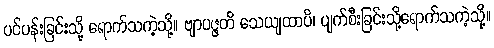
ပင်ပန်းခြင်းသို့ ရောက်သကဲ့သို့။ ဗျာပဇ္ဇတိ သေယျထာပိ၊ ပျက်စီးခြင်းသို့ရောက်သကဲ့သို့။